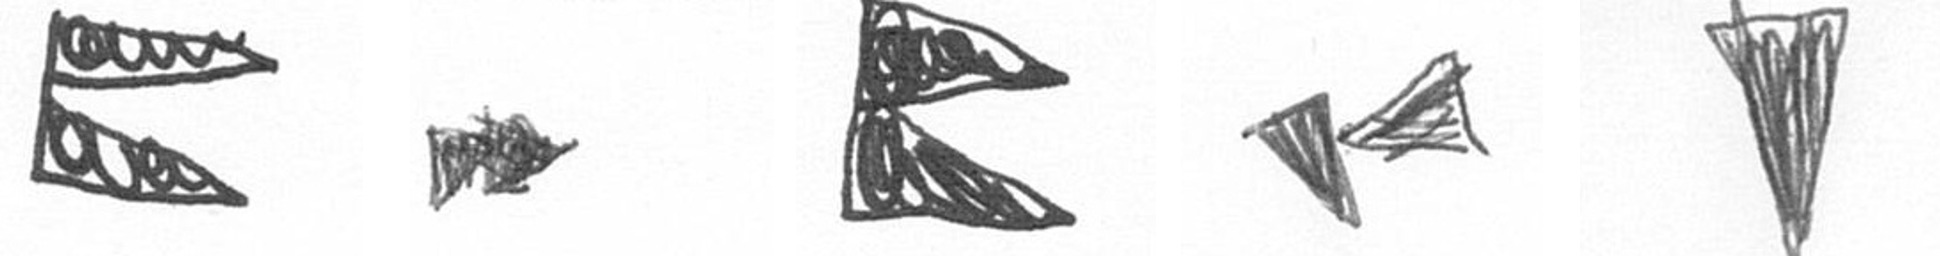
P A P F J